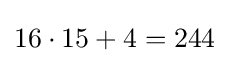
16\cdot 15+4=244